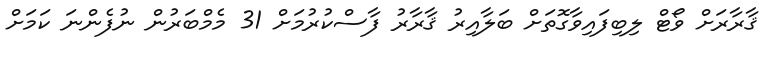
ޤާރާރަށް ވޯޓް ލިބިފައިވާގޮތަށް ބަލާއިރު ޤާރާރު ފާސްކުރުމަށް 31 މެމްބަރުން ނުފެންނަ ކަމަށް